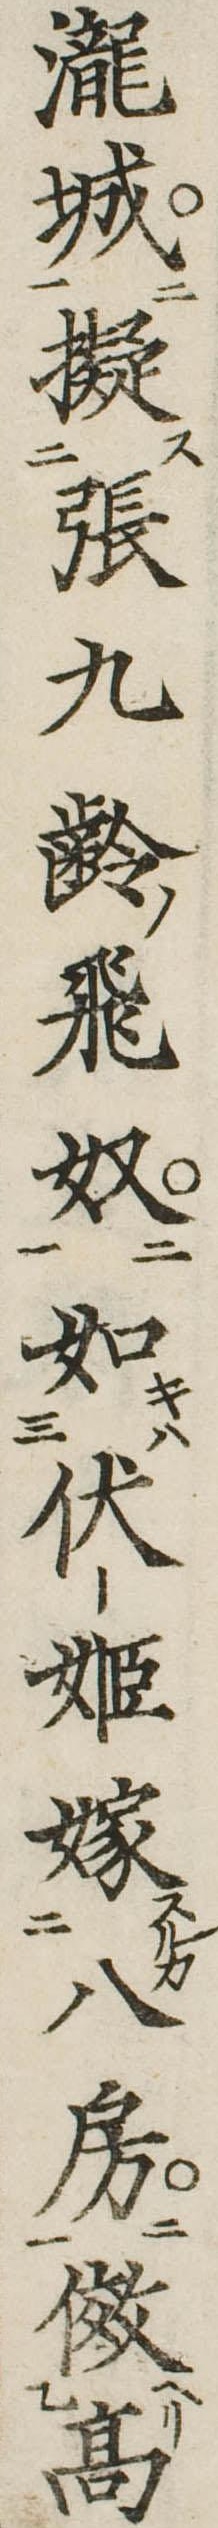
滝城擬張九齢飛奴如伏姫嫁八房傚高